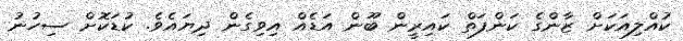
ކުއްލިއަކަށް ޒާންގެ ކަންފަތް ކައިރީން ބޫން އަޑެއް އިވިގެން ދިޔައެވެ. ކުޑަކޮށް ސިހުނު